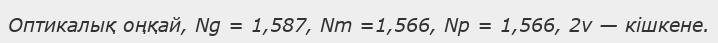
Оптикалық оңқай, Ng = 1,587, Nm =1,566, Np = 1,566, 2v — кішкене.